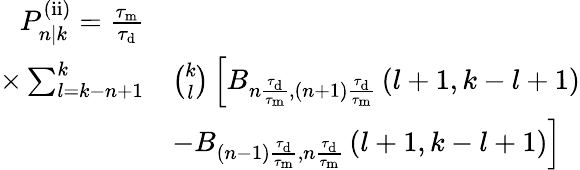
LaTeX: \begin{array}{rl}{P_{n|k}^{\mathrm{(ii)}}=\frac{\tau_{\mathrm{m}}}{\tau_{\mathrm{d}}}}&{}\\ {\times\sum_{l=k-n+1}^{k}}&{\binom{k}{l}\left[B_{n\frac{\tau_{\mathrm{d}}}{\tau_{\mathrm{m}}},(n+1)\frac{\tau_{\mathrm{d}}}{\tau_{\mathrm{m}}}}\left(l+1,k-l+1\right)\right.}\\ &{\left.-B_{(n-1)\frac{\tau_{\mathrm{d}}}{\tau_{\mathrm{m}}},n\frac{\tau_{\mathrm{d}}}{\tau_{\mathrm{m}}}}\left(l+1,k-l+1\right)\right]}\end{array}